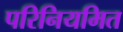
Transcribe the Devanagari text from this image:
परिनियमित